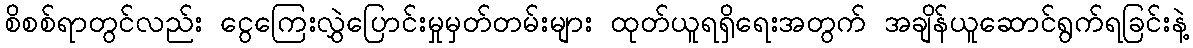
စိစစ်ရာတွင်လည်း ငွေကြေးလွှဲပြောင်းမှုမှတ်တမ်းများ ထုတ်ယူရရှိရေးအတွက် အချိန်ယူဆောင်ရွက်ရခြင်းနဲ့